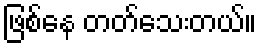
ဖြစ်နေ တတ်သေးတယ်။